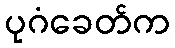
ပုဂံခေတ်က